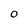
Character: O